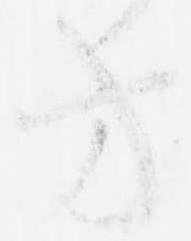
方